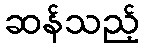
ဆန်သည့်